Civil Veterinary Department. Central Provinces & Berar 1925-31 - 1925-1931
Year: 1925
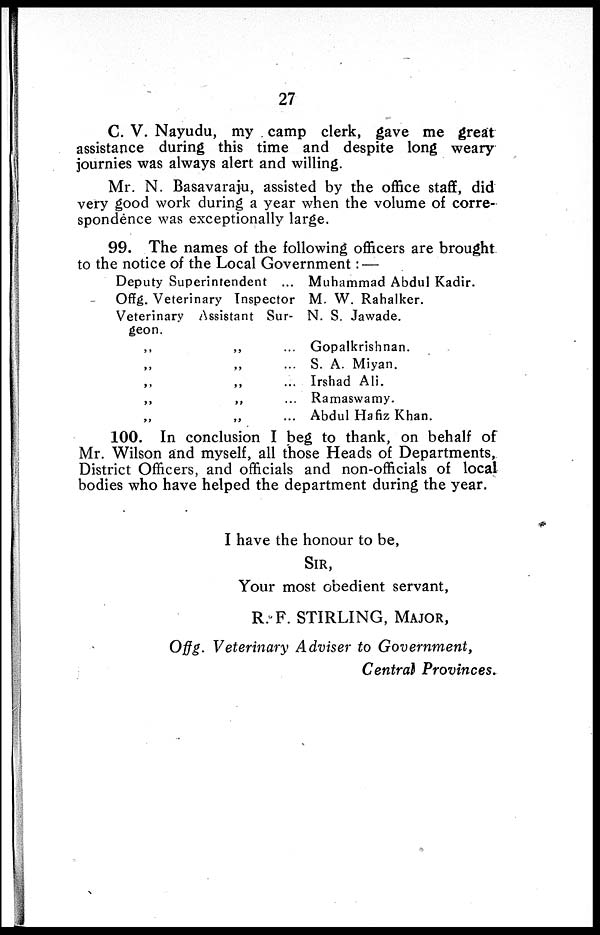
27
C. V. Nayudu, my camp clerk, gave me great
assistance during this time and despite long weary
journies was always alert and willing.
Mr. N. Basavaraju, assisted by the office staff, did
very good work during a year when the volume of corre-
spondence was exceptionally large.
99. The names of the following officers are brought
to the notice of the Local Government: —
Deputy Superintendent ...
Offg. Veterinary Inspector
Veterinary Assistant Sur-
geon.
„ „ ...
„ „ ...
„ „ ...
„ „ ...
„ „ ...
Muhammad Abdul Kadir.
M. W. Rahalker.
N. S. Jawade.
Gopalkrishnan.
S. A. Miyan.
Irshad Ali.
Ramaswamy.
Abdul Hafiz Khan.
100. In conclusion I beg to thank, on behalf of
Mr. Wilson and myself, all those Heads of Departments,
District Officers, and officials and non-officials of local
bodies who have helped the department during the year.
I have the honour to be,
SIR,
Your most obedient servant,
R. F. STIRLING, MAJOR,
Offg. Veterinary Adviser to Government,
Central Provinces.